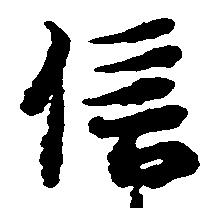
信